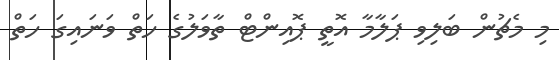
މި މެޗުން ބަލިވި ޕަލާމާ އޮތީ ޕޮއިންޓް ތާވަލުގެ ހަތް ވަނައިގަ ހަތް